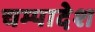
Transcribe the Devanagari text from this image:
चम्पादेश